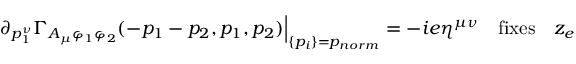
\partial _ { p _ { 1 } ^ { \nu } } \Gamma _ { A _ { \mu } \varphi _ { 1 } \varphi _ { 2 } } ( - p _ { 1 } - p _ { 2 } , p _ { 1 } , p _ { 2 } ) \Big | _ { \{ p _ { i } \} = p _ { n o r m } } = - i e \eta ^ { \mu \nu } \quad \mathrm { f i x e s } \quad z _ { e }